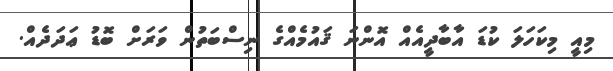
މިއީ މިކަހަލަ ކުޑަ އާބާދީއެއް އޮންނަ ޤައުމެއްގެ ނިސްބަތުން ވަރަށް ބޮޑު ޢަދަދެއް.